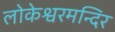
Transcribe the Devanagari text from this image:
लोकेश्वरमन्दिर